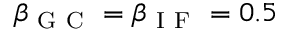
\beta _ { \mathrm { ~ G ~ C ~ } } = \beta _ { \mathrm { ~ I ~ F ~ } } = 0 . 5